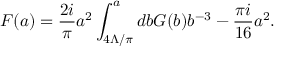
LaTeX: { \cal F } ( a ) = { \frac { 2 i } { \pi } } a ^ { 2 } \int _ { 4 \Lambda / \pi } ^ { a } d b { \cal G } ( b ) b ^ { - 3 } - { \frac { \pi i } { 1 6 } } a ^ { 2 } .